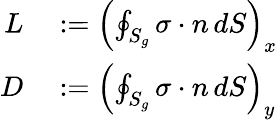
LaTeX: \begin{array}{rl}{L}&{{}:=\left(\oint_{S_{g}}\sigma\cdot n\, dS\right)_{x}}\\ {D}&{{}:=\left(\oint_{S_{g}}\sigma\cdot n\, dS\right)_{y}}\end{array}